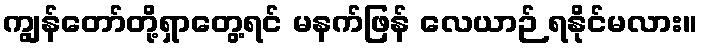
ကျွန်တော်တို့ရှာတွေ့ရင် မနက်ဖြန် လေယာဉ် ရနိုင်မလား။